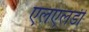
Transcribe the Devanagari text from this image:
एलएलडी